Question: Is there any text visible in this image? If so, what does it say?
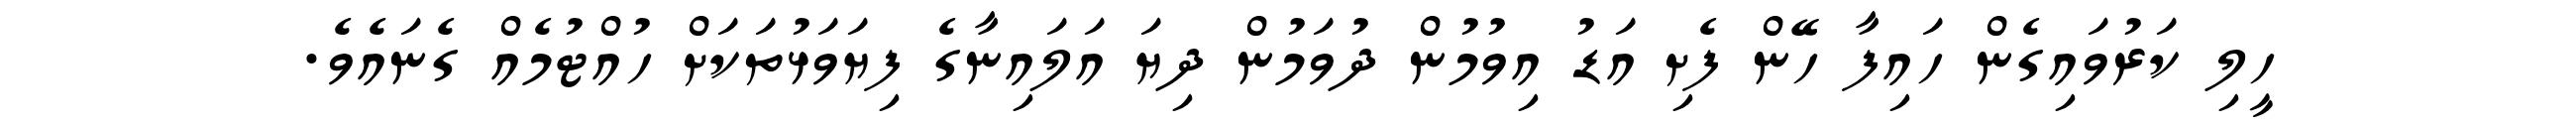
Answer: ހީލި ކަރުވައިގެން ހައިފާ ހޭން ފެށި އަޑު އިވުމުން ދުވަމުން ދިޔަ އަލައިނާގެ ފިޔަވަޅުތަކަށް ހުއްޓުމެއް ގެނައެވެ.